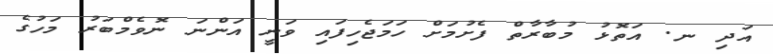
އަދި ނ. އަތޮޅު މުބާރާތް ފެށުމަށް ހަމަޖެހިފައި ވަނީ އަންނަ ނޮވެމްބަރު މަހުގެ